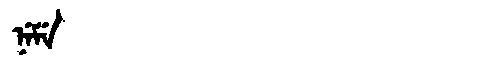
Manchu: ᠨᡝᠮᡝ
Romanization: NEME